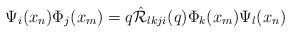
LaTeX: \begin{align*}\Psi_{i}(x_{n})\Phi_{j}(x_{m})=q \hat{{\cal R}}_{lkji}(q)\Phi_{k}(x_{m})\Psi_{l}(x_{n})\end{align*}